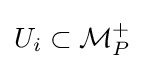
U_{i}\subset {\mathcal {M}}_{P}^{+}